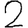
Digit: 2